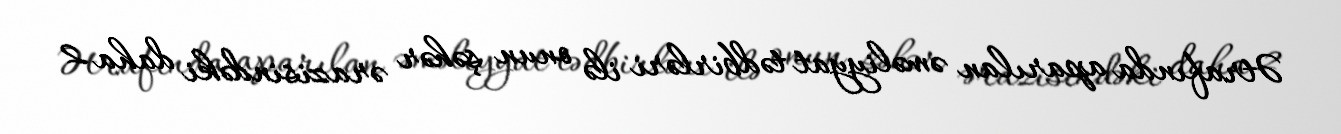
Ətrafında aparılan əməliyyat tədbirləri ilə onun şəhər ərazisindəki daha 2